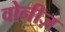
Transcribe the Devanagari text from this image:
वोनीज़